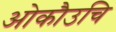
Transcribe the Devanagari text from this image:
ओकौउचि